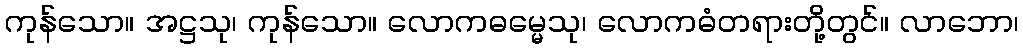
ကုန်သော။ အဋ္ဌသု၊ ကုန်သော။ လောကဓမ္မေသု၊ လောကဓံတရားတို့တွင်။ လာဘော၊